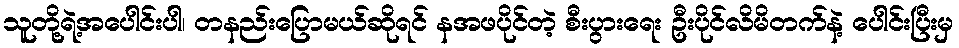
သူတို့ရဲ့အပေါင်းပါ၊ တနည်းပြောမယ်ဆိုရင် နအဖပိုင်တဲ့ စီးပွားရေး ဦးပိုင်လိမိတက်နဲ့ ပေါင်းပြီးမှ